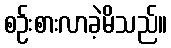
စဉ်းစားလာခဲ့မိသည်။